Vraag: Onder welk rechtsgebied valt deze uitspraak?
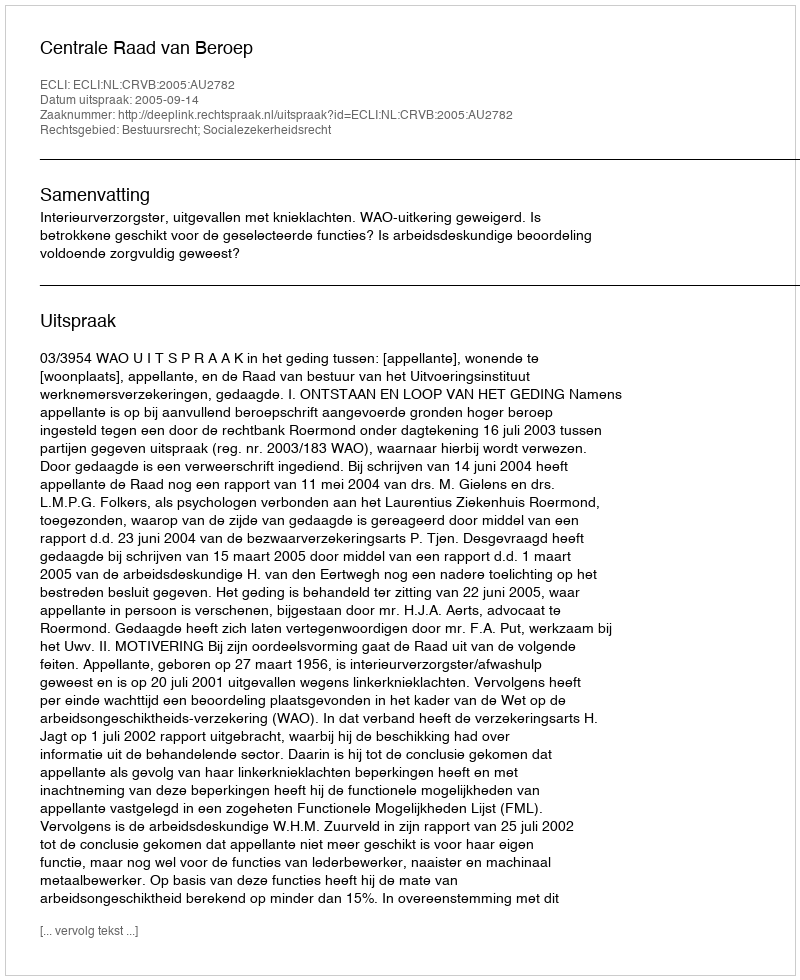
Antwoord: Bestuursrecht; Socialezekerheidsrecht